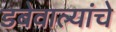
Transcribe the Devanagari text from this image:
डबेवाल्यांचे